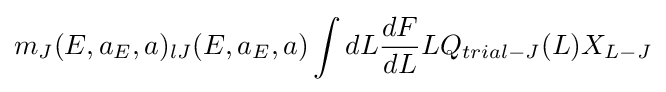
m_{J}(E,a_{E},a)_{lJ}(E,a_{E},a)\int dL{\frac {dF}{dL}}LQ_{trial-J}(L)X_{L-J}